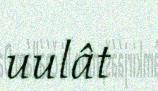
uulât